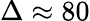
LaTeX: \Delta\approx 80